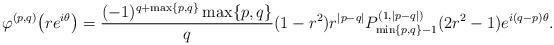
LaTeX: \begin{align*}\varphi^{(p,q)}\bigl(re^{i\theta}\bigr)=\frac{(-1)^{q+\max\{p,q\}}\max\{p,q\}}{q}(1-r^2)r^{|p-q|}P^{(1,|p-q|)}_{\min\{p,q\}-1}(2r^2-1)e^{i(q-p)\theta}.\end{align*}